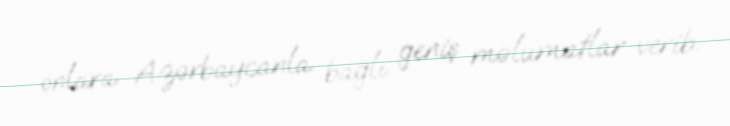
onlara Azərbaycanla bağlı geniş məlumatlar verib.